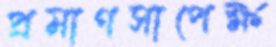
প্রমাণসাপেক্ষ